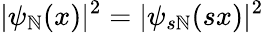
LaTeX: |\psi_{\mathbb{N}}(x)|^{2}=|\psi_{s\mathbb{N}}(sx)|^{2}